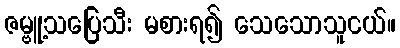
ဇမ္ဗူ့သပြေသီး မစားရ၍ သေသောသူငယ်။